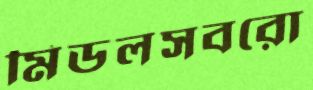
মিডলসবরো